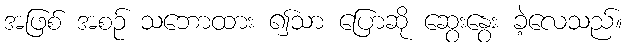
အဖြစ် အစဉ် သဘောထား ၍သာ ပြောဆို ဆွေးနွေး ခဲ့လေသည်။